Indian journal of veterinary science and animal husbandry - Volumes 24-25, 1954-1955
Year: 1954
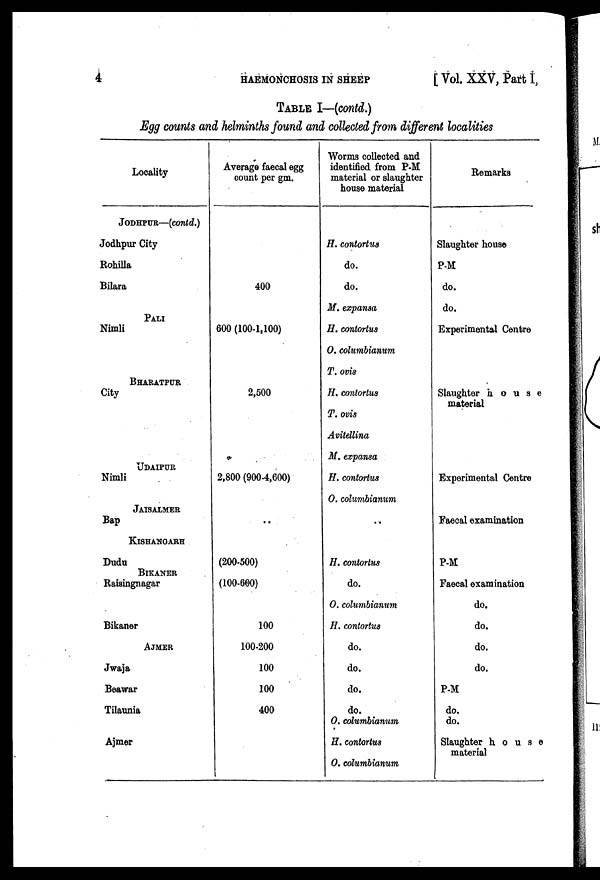
4
HAEMONCHOSIS
IN
SHEEP
[Vol. XXV, Part I,
TABLE I—(contd.)
Egg counts and helminths found and collected from different localities
Locality
JODHPUR—(contd.)
Jodhpur City
Rohilla
Bilara
PALI
Nimli
BHARATPUR
City
UDAIPUR
Nimli
JAISALMER
Bap
KISHANGARH
Dudu
BIKANER
Raisingnagar
Bikaner
AJMER
Jwaja
Beawar
Tilaunia
Ajmer
Average faecal egg
count per gm.
400
600 (100-1,100)
2,500
2,800 (900-4,600)
..
(200-500)
(100-600)
100
100-200
100
100
400
Worms collected and
identified from P-M
material or slaughter
house material
H. contortus
do.
do.
M. expansa
H. contortus
O. columbianum
T. ovis
H. contortus
T. ovis
Avitellina
M. expansa
H. contortus
O. columbianum
..
H. contortus
do.
O. columbianum
H. contortus
do.
do.
do.
do.
O. columbianum
H. contortus
O. columbianum
Remarks
Slaughter house
P-M
do.
do.
Experimental Centre
Slaughter
house
material
Experimental Centre
Faecal examination
P-M
Faecal examination
do.
do.
do.
do.
P-M
do.
do.
Slaughter house
material